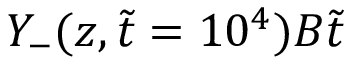
Y _ { - } ( z , \tilde { t } = 1 0 ^ { 4 } ) B \tilde { t }